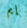
إيم